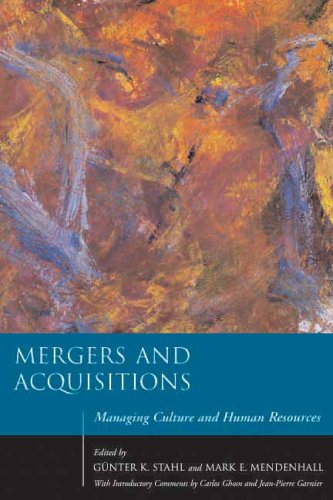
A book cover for Mergers and Acquisitions: Managing Culture and Human Resources (Stanford Business Books); Business & Money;